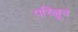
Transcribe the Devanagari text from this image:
परिक्षून